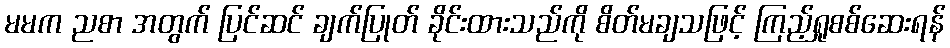
မမက ညစာ အတွက် ပြင်ဆင် ချက်ပြုတ် ခိုင်းထားသည်ကို စိတ်မချသဖြင့် ကြည့်ရှုစစ်ဆေးရန်